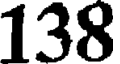
138